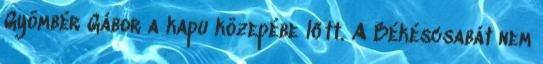
Gyömbér Gábor a kapu közepébe lőtt. A Békéscsabát nem